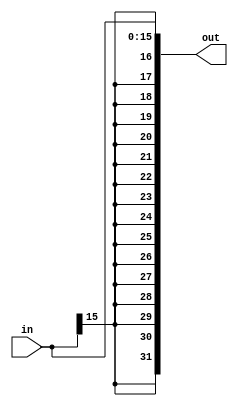
`timescale 1ns / 1ps
//////////////////////////////////////////////////////////////////////////////////
// Company: 
// Engineer: 
// 
// Design Name: 
// Module Name:    signExtend 
// Project Name: 
// Target Devices: 
// Tool versions: 
// Description: 
//
// Dependencies: 
//
// Revision: 
// Revision 0.01 - File Created
// Additional Comments: 
//
//////////////////////////////////////////////////////////////////////////////////
module signExtend(
    input [15:0] in,
    output [31:0] out
    );

assign out[31:16]={16{in[15]}};
assign out[15:0]=in;

endmodule